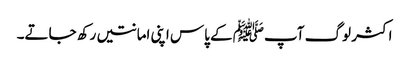
اکثر لوگ آپﷺ کے پاس اپنی امانتیں رکھ جاتے۔